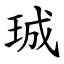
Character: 珹